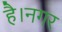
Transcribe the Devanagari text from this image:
है।नगर